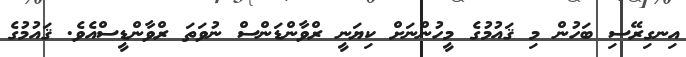
އިނގިރޭސި ބަހުން މި ޤައުމުގެ މީހުންނަށް ކިޔަނީ ރްވާންޑަންސް ނުވަތަ ރްވާންޑީސްއެވެ. ޤައުމުގެ